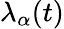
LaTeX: \lambda_{\alpha}(t)